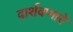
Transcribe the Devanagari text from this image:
दार्शवणारे